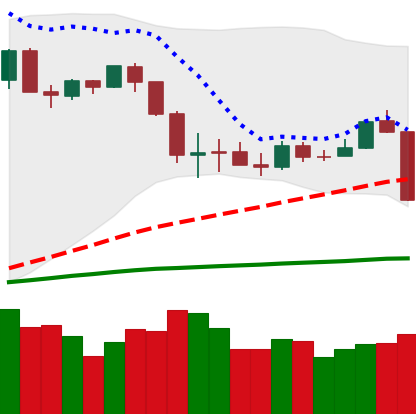
Ticker: ETH-USD
Chart end date: 2020-03-08
Forward return: -33.628%
Label: down_7plus